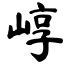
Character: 崞